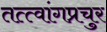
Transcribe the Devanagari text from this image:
तत्त्वांगप्रचुर